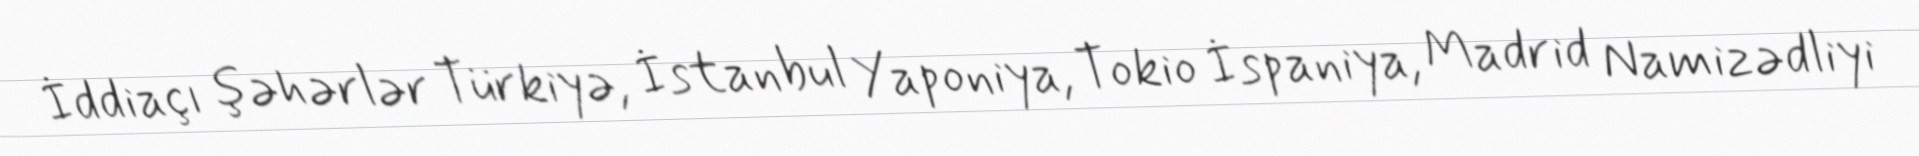
İddiaçı şəhərlər Türkiyə, İstanbul Yaponiya, Tokio İspaniya, Madrid Namizədliyi